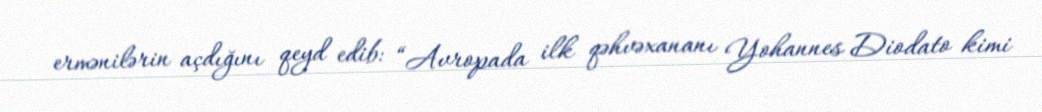
ermənilərin açdığını qeyd edib: “Avropada ilk qəhvəxananı Yohannes Diodato kimi